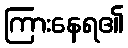
ကြားနေရ၏